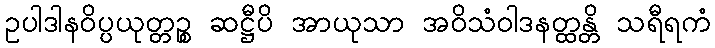
ဥပါဒါနဝိပ္ပယုတ္တဉ္စ ဆဋ္ဌီပိ အာယုသာ အဝိသံဝါဒနတ္ထန္တိ သရီရကံ